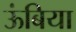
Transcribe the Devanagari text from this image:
ऊंबिया